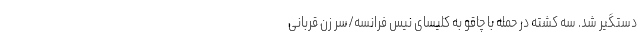
دستگیر شد. سه کشته در حمله با چاقو به کلیسای نیس فرانسه/سر زن قربانی